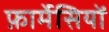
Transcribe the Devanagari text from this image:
फ़ार्मेसियों